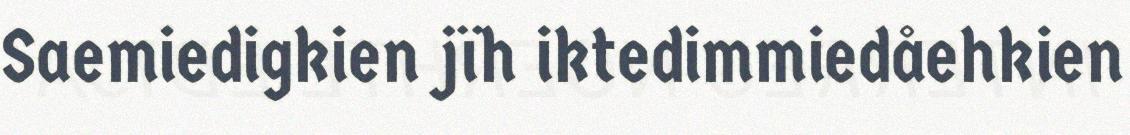
Saemiedigkien jïh iktedimmiedåehkien